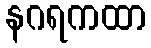
နဂရကထာ